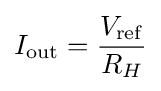
I_{\mathrm {out} }={\frac {V_{\mathrm {ref} }}{R_{H}}}